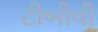
ટીબીવી